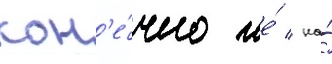
кон'е́чно же́ / на́